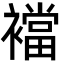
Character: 襠